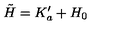
\tilde { H } = K _ { a } ^ { \prime } + H _ { 0 }